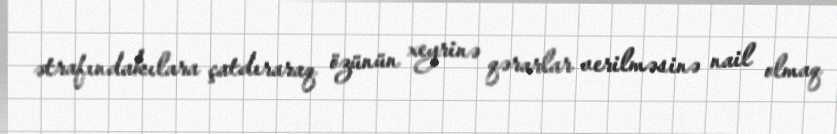
ətrafındakılara çatdıraraq özünün xeyrinə qərarlar verilməsinə nail olmaq